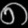
Digit: ၈